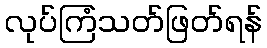
လုပ်ကြံသတ်ဖြတ်ရန်